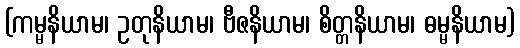
(ကမ္မနိယာမ၊ ဥတုနိယာမ၊ ဗီဇနိယာမ၊ စိတ္တနိယာမ၊ ဓမ္မနိယာမ)